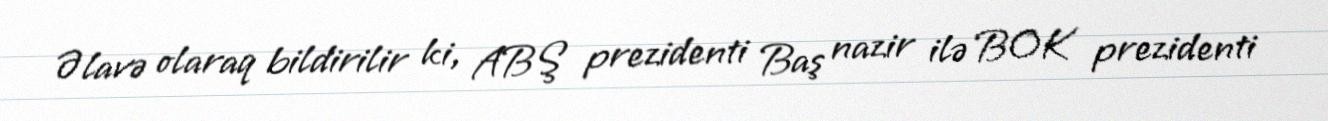
Əlavə olaraq bildirilir ki, ABŞ prezidenti Baş nazir ilə BOK prezidenti